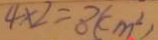
4 \times 2 = 8 ( c m ^ { 2 } )